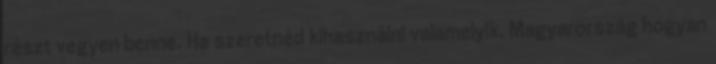
részt vegyen benne. Ha szeretnéd kihasználni valamelyik. Magyarország hogyan